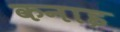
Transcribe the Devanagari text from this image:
कनाइ